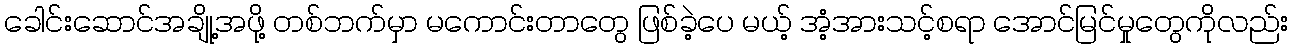
ခေါင်းဆောင်အချို့အဖို့ တစ်ဘက်မှာ မကောင်းတာတွေ ဖြစ်ခဲ့ပေ မယ့် အံ့အားသင့်စရာ အောင်မြင်မှုတွေကိုလည်း